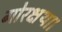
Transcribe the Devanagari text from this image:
गोरक्षथा।